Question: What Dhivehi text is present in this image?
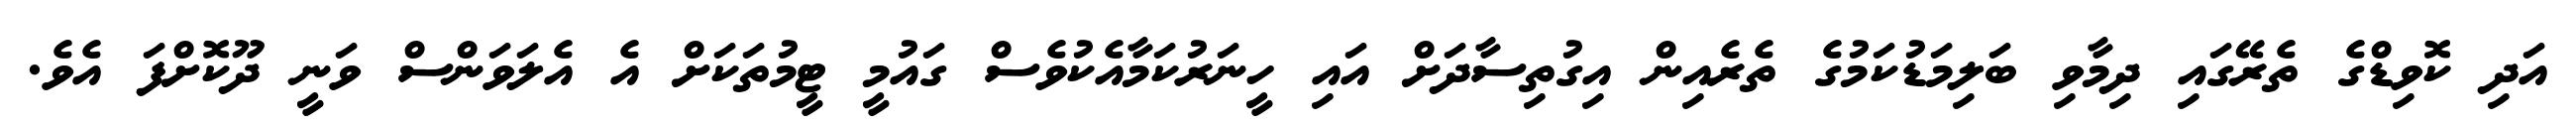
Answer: އަދި ކޮވިޑްގެ ތެރޭގައި ދިމާވި ބަލިމަޑުކަމުގެ ތެރެއިން އިގުތިސާދަށް އައި ހީނަރުކަމާއެކުވެސް ގައުމީ ޓީމުތަކަށް އެ އެލަވަންސް ވަނީ ދޫކޮށްފަ އެވެ.